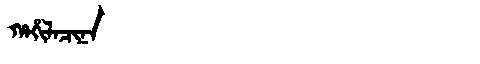
Manchu: ᡥᠠᡥᡳᠯᠠᠴᡳᠨᠠ
Romanization: HAHILACINA